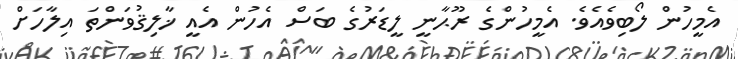
އެމީހުން ލޯބިވެއެވެ. އެމީހުންގެ ރޫޙާނީ ލީޑަރުގެ ބަސް އެހުން އެއީ ޚާލިޤުވަންތަ އިލާހަށް